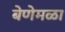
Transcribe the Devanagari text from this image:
बेणेमळा